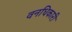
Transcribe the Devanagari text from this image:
वनधिकारी